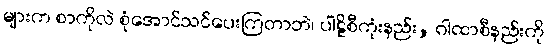
များက စာကိုလဲ စုံအောင်သင်ပေးကြတာဘဲ၊ ပါဠိစီကုံးနည်း, ဂါထာစီနည်းကို